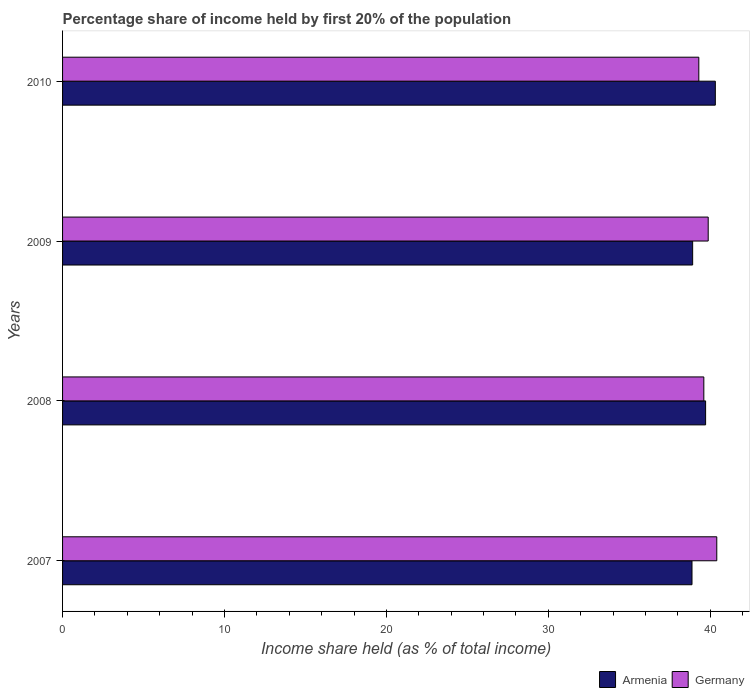
| Years | Armenia | Germany |
 | --- | --- | --- |
 | 2007 | 38.9 | 40.4 |
 | 2008 | 39.7 | 39.6 |
 | 2009 | 38.9 | 39.9 |
 | 2010 | 40.3 | 39.3 |